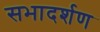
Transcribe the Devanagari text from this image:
सभादर्शण